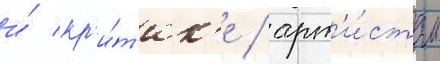
и́ кр'и́т'ик'е / арт'и́стам